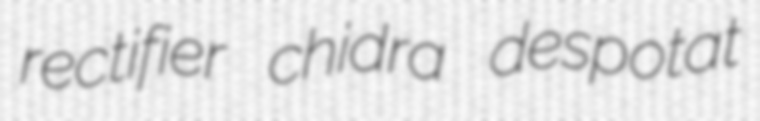
rectifier chidra despotat